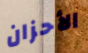
الأحزان